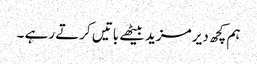
ہم کچھ دیر مزید بیٹھے باتیں کرتے رہے ۔